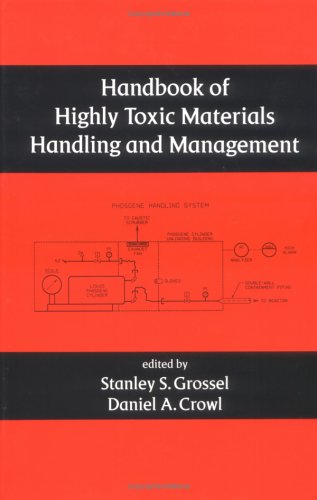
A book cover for Handbook of Highly Toxic Materials Handling and Management (Environmental Science & Pollution); Science & Math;